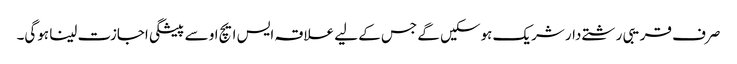
صرف قریبی رشتے دار شریک ہوسکیں گے جس کے لیے علاقہ ایس ایچ او سے پیشگی اجازت لینا ہوگی۔